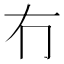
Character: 冇